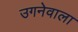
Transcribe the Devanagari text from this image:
उगनेवाला